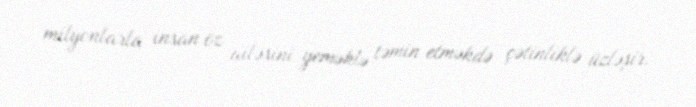
milyonlarla insan öz ailəsini yeməklə təmin etməkdə çətinliklə üzləşir.